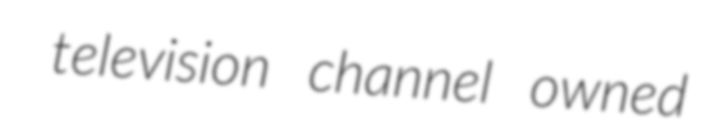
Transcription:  television channel owned